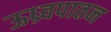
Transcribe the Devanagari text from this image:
ऊध्र्वपातन